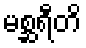
မစ္ဆရီတိ